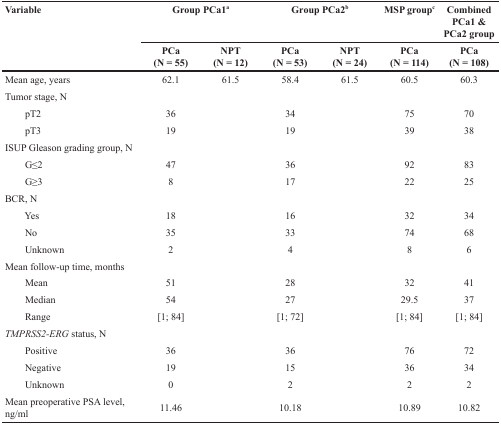
<table><thead><tr><td rowspan="2"><b>Variable</b></td><td colspan="2"><b>Group PCa1<sup>a</sup></b></td><td colspan="2"><b>Group PCa2<sup>b</sup></b></td><td><b>MSP group<sup>c</sup></b></td><td><b>Combined PCa1 &amp; PCa2 group</b></td></tr><tr><td><b>PCa(N = 55)</b></td><td><b>NPT(N = 12)</b></td><td><b>PCa(N = 53)</b></td><td><b>NPT(N = 24)</b></td><td><b>PCa(N = 114)</b></td><td><b>PCa(N = 108)</b></td></tr></thead><tbody><tr><td>Mean age, years</td><td>62.1</td><td>61.5</td><td>58.4</td><td>61.5</td><td>60.5</td><td>60.3</td></tr><tr><td>Tumor stage, N</td><td></td><td></td><td></td><td></td><td></td><td></td></tr><tr><td>pT2</td><td>36</td><td></td><td>34</td><td></td><td>75</td><td>70</td></tr><tr><td>pT3</td><td>19</td><td></td><td>19</td><td></td><td>39</td><td>38</td></tr><tr><td>ISUP Gleason grading group, N</td><td></td><td></td><td></td><td></td><td></td><td></td></tr><tr><td>G≤2</td><td>47</td><td></td><td>36</td><td></td><td>92</td><td>83</td></tr><tr><td>G≥3</td><td>8</td><td></td><td>17</td><td></td><td>22</td><td>25</td></tr><tr><td>BCR, N</td><td></td><td></td><td></td><td></td><td></td><td></td></tr><tr><td>Yes</td><td>18</td><td></td><td>16</td><td></td><td>32</td><td>34</td></tr><tr><td>No</td><td>35</td><td></td><td>33</td><td></td><td>74</td><td>68</td></tr><tr><td>Unknown</td><td>2</td><td></td><td>4</td><td></td><td>8</td><td>6</td></tr><tr><td>Mean follow-up time, months</td><td></td><td></td><td></td><td></td><td></td><td></td></tr><tr><td>Mean</td><td>51</td><td></td><td>28</td><td></td><td>32</td><td>41</td></tr><tr><td>Median</td><td>54</td><td></td><td>27</td><td></td><td>29.5</td><td>37</td></tr><tr><td>Range</td><td>[1; 84]</td><td></td><td>[1; 72]</td><td></td><td>[1; 84]</td><td>[1; 84]</td></tr><tr><td><i>TMPRSS2-ERG</i> status, N</td><td></td><td></td><td></td><td></td><td></td><td></td></tr><tr><td>Positive</td><td>36</td><td></td><td>36</td><td></td><td>76</td><td>72</td></tr><tr><td>Negative</td><td>19</td><td></td><td>15</td><td></td><td>36</td><td>34</td></tr><tr><td>Unknown</td><td>0</td><td></td><td>2</td><td></td><td>2</td><td>2</td></tr><tr><td>Mean preoperative PSA level, ng/ml</td><td>11.46</td><td></td><td>10.18</td><td></td><td>10.89</td><td>10.82</td></tr></tbody></table>